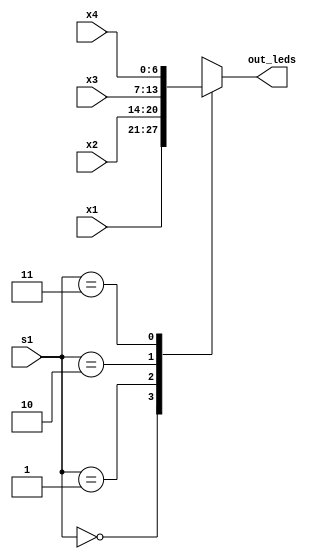
`timescale 1ns / 1ps
//////////////////////////////////////////////////////////////////////////////////
// Company: 
// Engineer: 
// 
// Design Name: 
// Module Name: mux41
// Project Name: 
// Target Devices: 
// Tool Versions: 
// Description: 
// 
// Dependencies: 
// 
// Revision:
// Revision 0.01 - File Created
// Additional Comments:
// 
//////////////////////////////////////////////////////////////////////////////////


module mux41 (input [6:0] x1, x2, x3, x4, input [1:0] s1, output reg [6:0] out_leds); 

always @( x1 or x2 or x3 or x4 or s1)
begin
case(s1)
2'b00: out_leds = x1;
2'b01: out_leds = x2;
2'b10: out_leds = x3;
2'b11: out_leds = x4;
endcase
end

endmodule